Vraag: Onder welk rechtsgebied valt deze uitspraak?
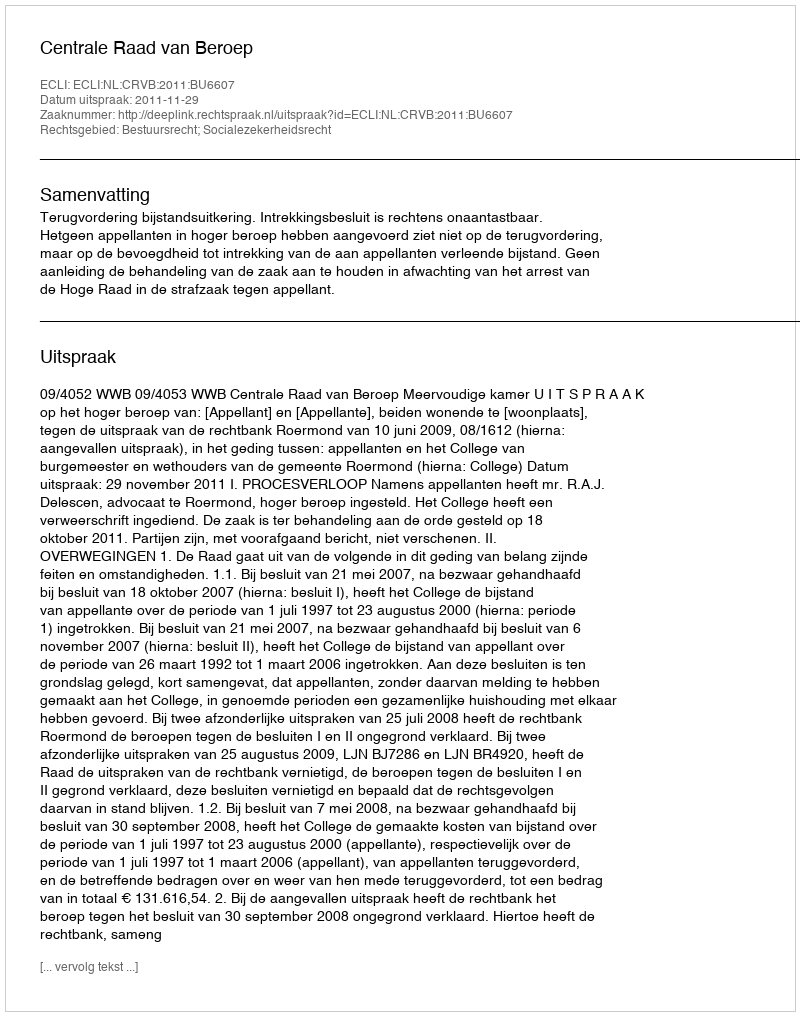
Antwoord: Bestuursrecht; Socialezekerheidsrecht